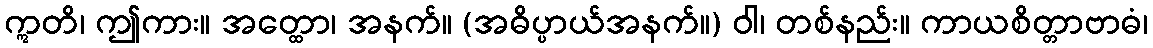
ဣတိ၊ ဤကား။ အတ္ထော၊ အနက်။ (အဓိပ္ပာယ်အနက်။) ဝါ၊ တစ်နည်း။ ကာယစိတ္တာဗာဓံ၊